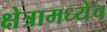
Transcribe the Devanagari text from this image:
क्षेत्रामध्येच